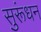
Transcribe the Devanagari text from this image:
सुरूंधन